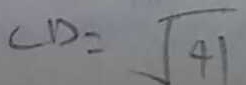
C D = \sqrt { 4 1 }